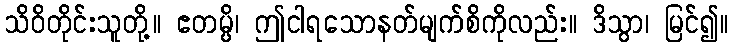
သိဝိတိုင်းသူတို့။ ဧတမ္ပိ၊ ဤငါရသောနတ်မျက်စိကိုလည်း။ ဒိသွာ၊ မြင်၍။